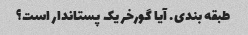
طبقه بندی. آیا گورخر یک پستاندار است؟